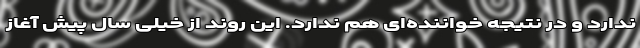
ندارد و در نتیجه خواننده‌ای هم ندارد. این روند از خیلی سال پیش آغاز